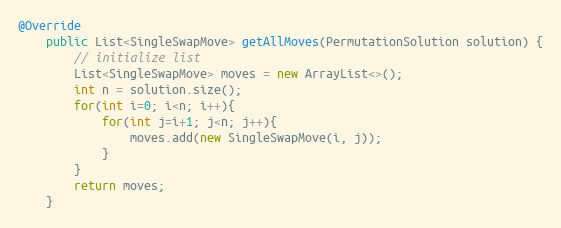
Language: Java
@Override
    public List<SingleSwapMove> getAllMoves(PermutationSolution solution) {
        // initialize list
        List<SingleSwapMove> moves = new ArrayList<>();
        int n = solution.size();
        for(int i=0; i<n; i++){
            for(int j=i+1; j<n; j++){
                moves.add(new SingleSwapMove(i, j));
            }
        }
        return moves;
    }